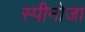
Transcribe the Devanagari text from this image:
स्पीनोजा